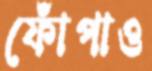
ফোঁপাও